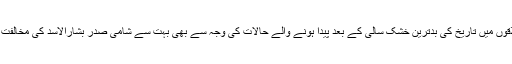
2006 اور 2011 کے درمیان دیہی علاقوں میں تاریخ کی بدترین خشک سالی کے بعد پیدا ہونے والے حالات کی وجہ سے بھی بہت سے شامی صدر بشارالاسد کی مخالفت میں جان سے گزرنے کے لیے آمادہ ہیں۔